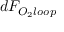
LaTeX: d F _ { O _ { 2 } l o o p }